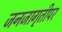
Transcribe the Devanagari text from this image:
जनजागृतीपर